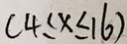
( 4 \leq x \leq 1 6 )